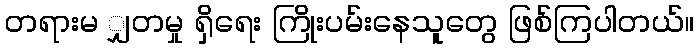
တရားမ ျှတမှု ရှိရေး ကြိုးပမ်းနေသူတွေ ဖြစ်ကြပါတယ်။